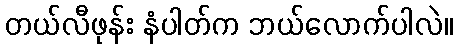
တယ်လီဖုန်း နံပါတ်က ဘယ်လောက်ပါလဲ။